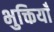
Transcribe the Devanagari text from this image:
भुक्तियाँ